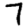
Digit: 7